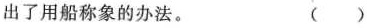
出了用船称象的办法。 ( )